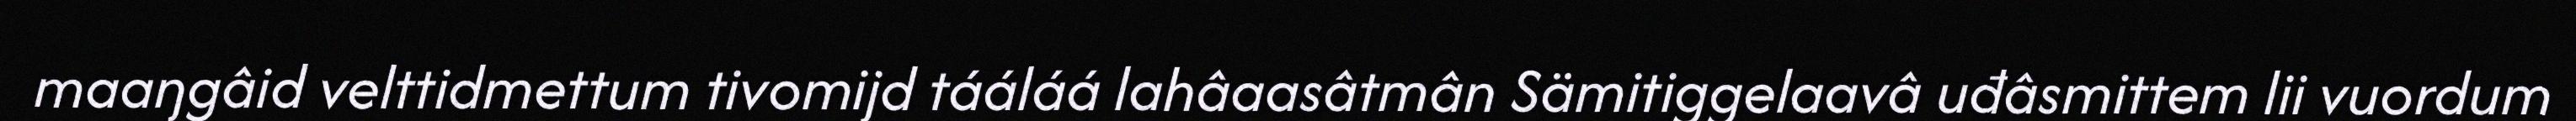
maaŋgâid velttidmettum tivomijd tááláá lahâaasâtmân Sämitiggelaavâ uđâsmittem lii vuordum